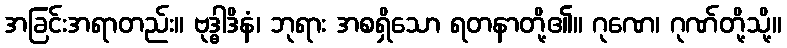
အခြင်းအရာတည်း။ ဗုဒ္ဓါဒိနံ၊ ဘုရား အစရှိသော ရတနာတို့၏။ ဂုဏေ၊ ဂုဏ်တို့သို့။